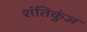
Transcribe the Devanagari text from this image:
शंतिकुंज